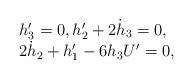
LaTeX: \begin{align*}\begin{array}{l} h_3'=0, h_2'+2\dot{h}_3=0, \\2 \dot {h}_2 +h_1'-6h_3 U' =0,\end{array} \end{align*}